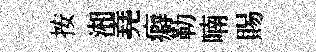
按湘堯癖勒喃賜